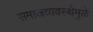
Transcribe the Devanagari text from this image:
समाजव्यवस्थेमुळे